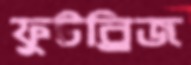
ফুটব্রিজ